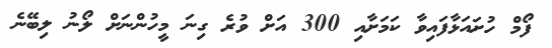
ފޯމް ހުށައަޅާފައިވާ ކަމަށާއި 300 އަށް ވުރެ ގިނަ މީހުންނަށް ލޯނު ލިބޭނެ